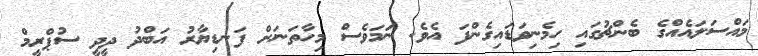
މައްސަލައެއްގެ ބެންޗުގައި ހިމެނިވަޑައިގެންފަ އެވެ. ނަމަވެސް މިހާތަނަށް ފަނޑިޔާރު އަބްދު ދީދީ ސުޕްރީމް